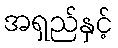
အရှည်နှင့်